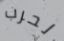
لحرب